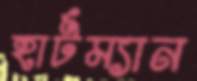
হার্টম্যান